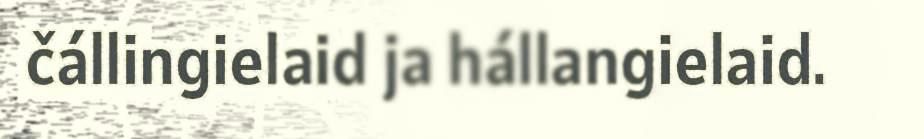
čállingielaid ja hállangielaid.